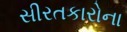
સીરતકારોના